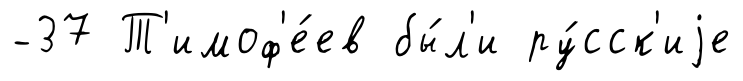
-37 Т'имоф'е́ев бы́л'и ру́сск'иjе